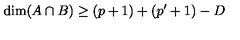
\dim ( A \cap B ) \ge ( p + 1 ) + ( p ^ { \prime } + 1 ) - D